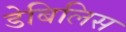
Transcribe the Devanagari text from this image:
डेबिलिस